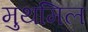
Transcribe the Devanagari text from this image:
मुथमिल